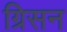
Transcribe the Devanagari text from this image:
ग्रिसन